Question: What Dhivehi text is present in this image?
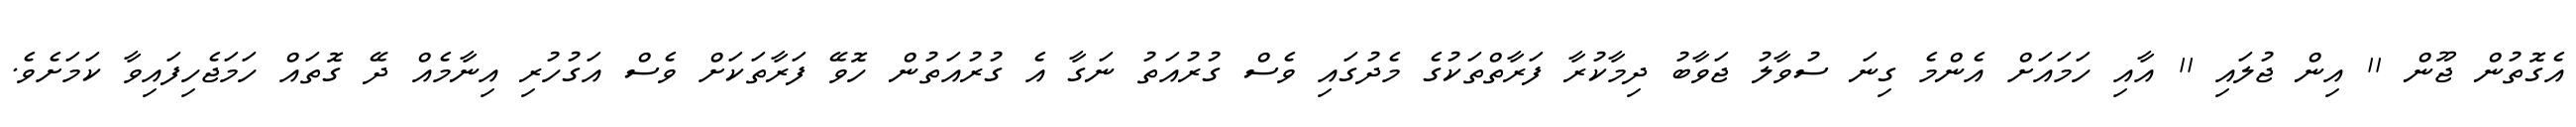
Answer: އެގޮތުން ޖޫން 11 އިން ޖުލައި 11 އާއި ހަމައަށް އެންމެ ގިނަ ސުވާލު ޖަވާބު ދިމާކުރާ ފަރާތްތަކުގެ މެދުގައި ވެސް ގުރުއަތު ނަގާ އެ ގުރުއަތުން ހޮވޭ ފަރާތަކަށް ވެސް އަގުހުރި އިނާމެއް ދޭ ގޮތައް ހަމަޖެހިފައިވާ ކަމަށެވެ.